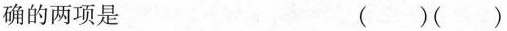
确的两项是 （）（）